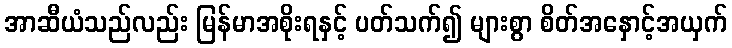
အာဆီယံသည်လည်း မြန်မာအစိုးရနှင့် ပတ်သက်၍ များစွာ စိတ်အနှောင့်အယှက်